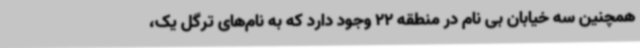
همچنین سه خیابان بی نام در منطقه 22 وجود دارد که به نام‌های ترگل یک،